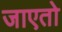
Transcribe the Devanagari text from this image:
जाएतो